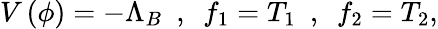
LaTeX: V\left(\phi\right)=-\Lambda_{B}\, \, \, ,\, \, \, f_{1}=T_{1}\, \, \, ,\, \, \, f_{2}=T_{2},